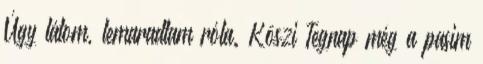
Úgy látom, lemaradtam róla. Köszi Tegnap még a pasim